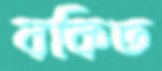
বকিত